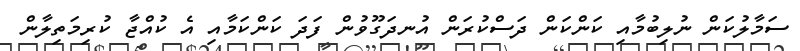
ސަމާލުކަން ނުލިބުމާއި ކަންކަން ދަސްކުރަން އުނދަގޫވުން ފަދަ ކަންކަމާއި އެ ކުއްޖާ ކުރިމަތިލާން